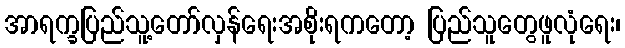
အာရက္ခပြည်သူ့တော်လှန်ရေးအစိုးရကတော့ ပြည်သူတွေဖူလုံရေး၊